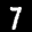
Digit: 7